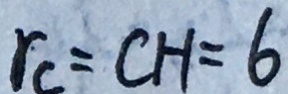
r _ { c } = C H = 6